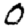
Digit: 0